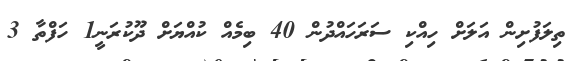
ތިލަފުށިން އަލަށް ހިއްކި ސަރަހައްދުން 40 ބިމެއް ކުއްޔަށް ދޫކުރަނީ1 ހަފްތާ 3